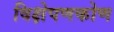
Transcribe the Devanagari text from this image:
विक्षेपणकोण